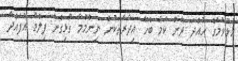
ހުޅުވުމުގެ ހުއްދަ ދޭން ކަމާ ބެހޭ އިދާރާތަކުން ނިންމުމާ ގުޅިގެން ފިލްމު އުފައްދާ